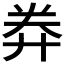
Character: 𢍊